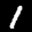
Label: 1